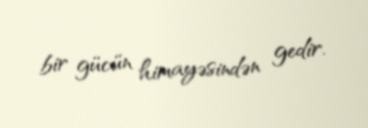
bir gücün himayəsindən gedir.